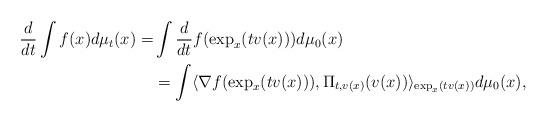
LaTeX: \begin{align*} \frac{d}{dt} \int f(x) d\mu_t(x) = & \int \frac{d}{dt} f(\exp_x(tv(x)))d\mu_0(x) \\ &= \int \langle \nabla f(\exp_x(t v (x))), \Pi_{t,v(x)} ( v(x) )\rangle_{\exp_x(tv(x))} d\mu_0(x), \end{align*}